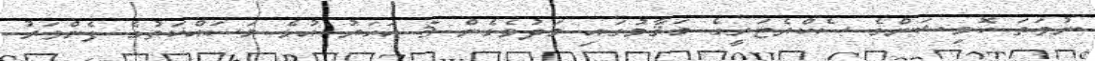
ނުވަތަ ކޮމިޝަންގެ ސެކްރެޓަރީގެ މަޤާމުގައި މަދުވެގެން 5 އަހަރު އުޅެ މަސައްކަތުގެ ފެންވަރު